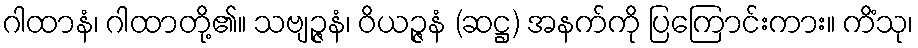
ဂါထာနံ၊ ဂါထာတို့၏။ သဗျဉ္ဇနံ၊ ဝိယဉ္ဇနံ (ဆဋ္ဌ) အနက်ကို ပြကြောင်းကား။ ကိံသု၊